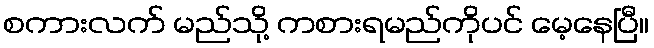
စကားလက် မည်သို့ ကစားရမည်ကိုပင် မေ့နေပြီ။